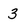
Character: 3